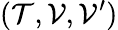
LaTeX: (\mathcal{T},\mathcal{V},\mathcal{V}^{\prime})